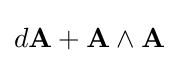
d\mathbf {A} +\mathbf {A} \wedge \mathbf {A}